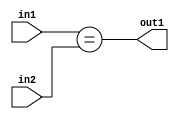
`timescale 1ps / 1ps
/*****************************************************************************
    Verilog RTL Description
    
    
    Created by: Stratus DpOpt 21.05.01 
*******************************************************************************/

module dut_Equal_6Ux5U_1U_1 (
	in2,
	in1,
	out1
	); /* architecture "behavioural" */ 
input [5:0] in2;
input [4:0] in1;
output  out1;
wire  asc001;

assign asc001 = (in1==in2);

assign out1 = asc001;
endmodule

/* CADENCE  urnwTgE= : u9/ySxbfrwZIxEzHVQQV8Q== ** DO NOT EDIT THIS LINE ******/